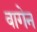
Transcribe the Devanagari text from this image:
वागेन